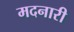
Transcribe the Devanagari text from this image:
मदनारी